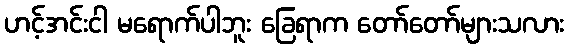
ဟင့်အင်းငါ မရောက်ပါဘူး ခြေရာက တော်တော်များသလား